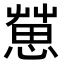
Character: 𢠞